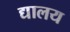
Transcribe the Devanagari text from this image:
द्यालय